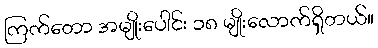
ကြက်တော အမျိုးပေါင်း ၁၈ မျိုးလောက်ရှိတယ်။